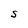
Character: S